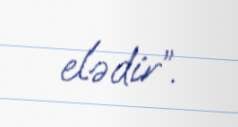
elədir”.